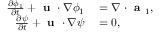
\begin{array} { r l } { \frac { \partial \phi _ { 1 } } { \partial t } + \textbf { u } \cdot \nabla \phi _ { 1 } } & { { } = \nabla \cdot \textbf { a } _ { 1 } , } \\ { \frac { \partial \psi } { \partial t } + \textbf { u } \cdot \nabla \psi } & { { } = 0 , } \end{array}